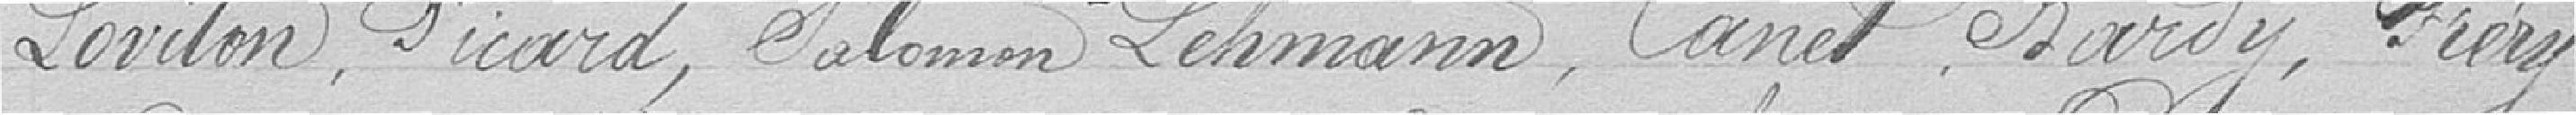
Loviton, Picard, Salomon Lehmann, Canet, Bardy, Fréry,